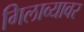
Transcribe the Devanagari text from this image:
गिलाव्यावर